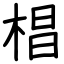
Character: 椙